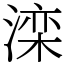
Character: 滦